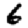
Digit: 6